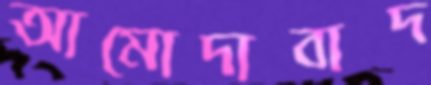
আমোদাবাদ